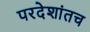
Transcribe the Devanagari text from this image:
परदेशांतच